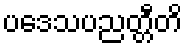
ပဒေသပညတ္တီတိ